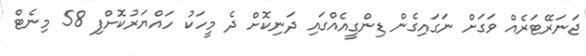
ޖަނަރޭޓަރެއް ވަގަށް ނަގައިގެން ޑިންގީއެއްގައި ދަނިކޮށް ދެ މީހަކު ހައްޔަރުކޮށްފި 58 މިނެޓް